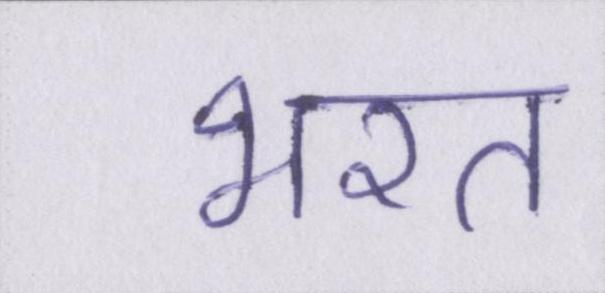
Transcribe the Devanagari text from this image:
भरत